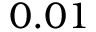
0 . 0 1